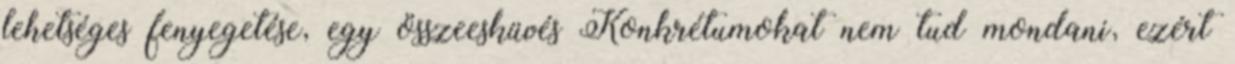
lehetséges fenyegetése, egy összeesküvés Konkrétumokat nem tud mondani, ezért